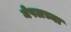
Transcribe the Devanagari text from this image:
मेपलच्या